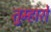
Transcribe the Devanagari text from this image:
तुम्‍हारो